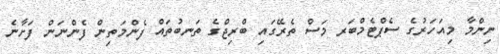
ނިންމާ މިއަހަރުގެ ސެޕްޓެމްބަރ މަސް ތެރޭގައި ބްރިޖްގެ ތަނބުތައް ފެންމަތިން ފެންނަން ފަށާނެ